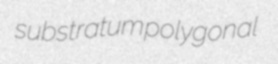
substratum polygonal